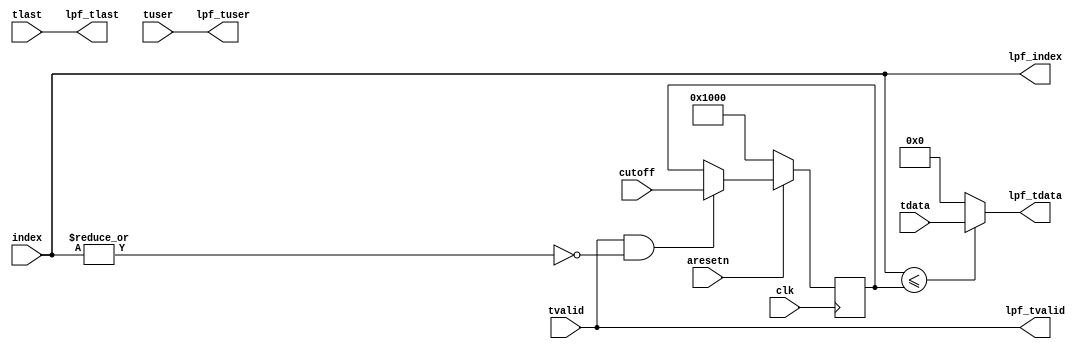
`timescale 1ns / 1ps
//////////////////////////////////////////////////////////////////////////////////
// Company:
//
// Design Name:
// Module Name: freq_domain_lpf
// Project Name:
// Target Devices:
// Tool Versions:
// Description:
//
// Dependencies:
//
// Revision:
// Revision 0.01 - File Created
// Additional Comments:
//
//////////////////////////////////////////////////////////////////////////////////


module freq_domain_lpf #(
    parameter DATA_LEN = 64,
    parameter FCLOCK = 245.76,
    parameter FFT_LEN = 8192,
    parameter CHIRP_BW = 61,     // Mhz
    parameter TUSER_LEN = 32,
    parameter INDEX_LEN = 32
    )(
    input clk,
    input aresetn,
    input [DATA_LEN-1:0] tdata,
    input tvalid,
    input tlast,
    input [TUSER_LEN-1:0] tuser,
    input [INDEX_LEN-1:0] index,
    input [INDEX_LEN-1:0] cutoff,
    output [DATA_LEN-1:0] lpf_tdata,
    output lpf_tvalid,
    output lpf_tlast,
    output [TUSER_LEN-1:0] lpf_tuser,
    output [INDEX_LEN-1:0] lpf_index
    );

    localparam INIT_CUTOFF = FFT_LEN/2;

    reg [INDEX_LEN-1:0]  cutoff_index;


always @(posedge clk) begin
if(!aresetn)
  cutoff_index <= INIT_CUTOFF;
else if (tvalid & !(|index))
  cutoff_index <= cutoff;
end

assign lpf_tdata = (index <= cutoff_index)? tdata : 'b0;
assign lpf_tvalid = tvalid;
assign lpf_tlast = tlast;
//assign lpf_tvalid = (index <= cutoff_index)? tvalid : 1'b0;
//assign lpf_tlast = (tvalid&(((index<cutoff_index)&tlast)|((index==cutoff_index))))? 1'b1 : 1'b0;
assign lpf_tuser = tuser;
assign lpf_index = index;

endmodule